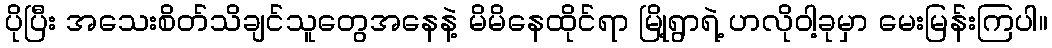
ပိုပြီး အသေးစိတ်သိချင်သူတွေအနေနဲ့ မိမိနေထိုင်ရာ မြို့ရွာရဲ့ ဟလိုဝါ့ခုမှာ မေးမြန်းကြပါ။